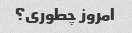
امروز چطوری؟